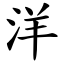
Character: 洋